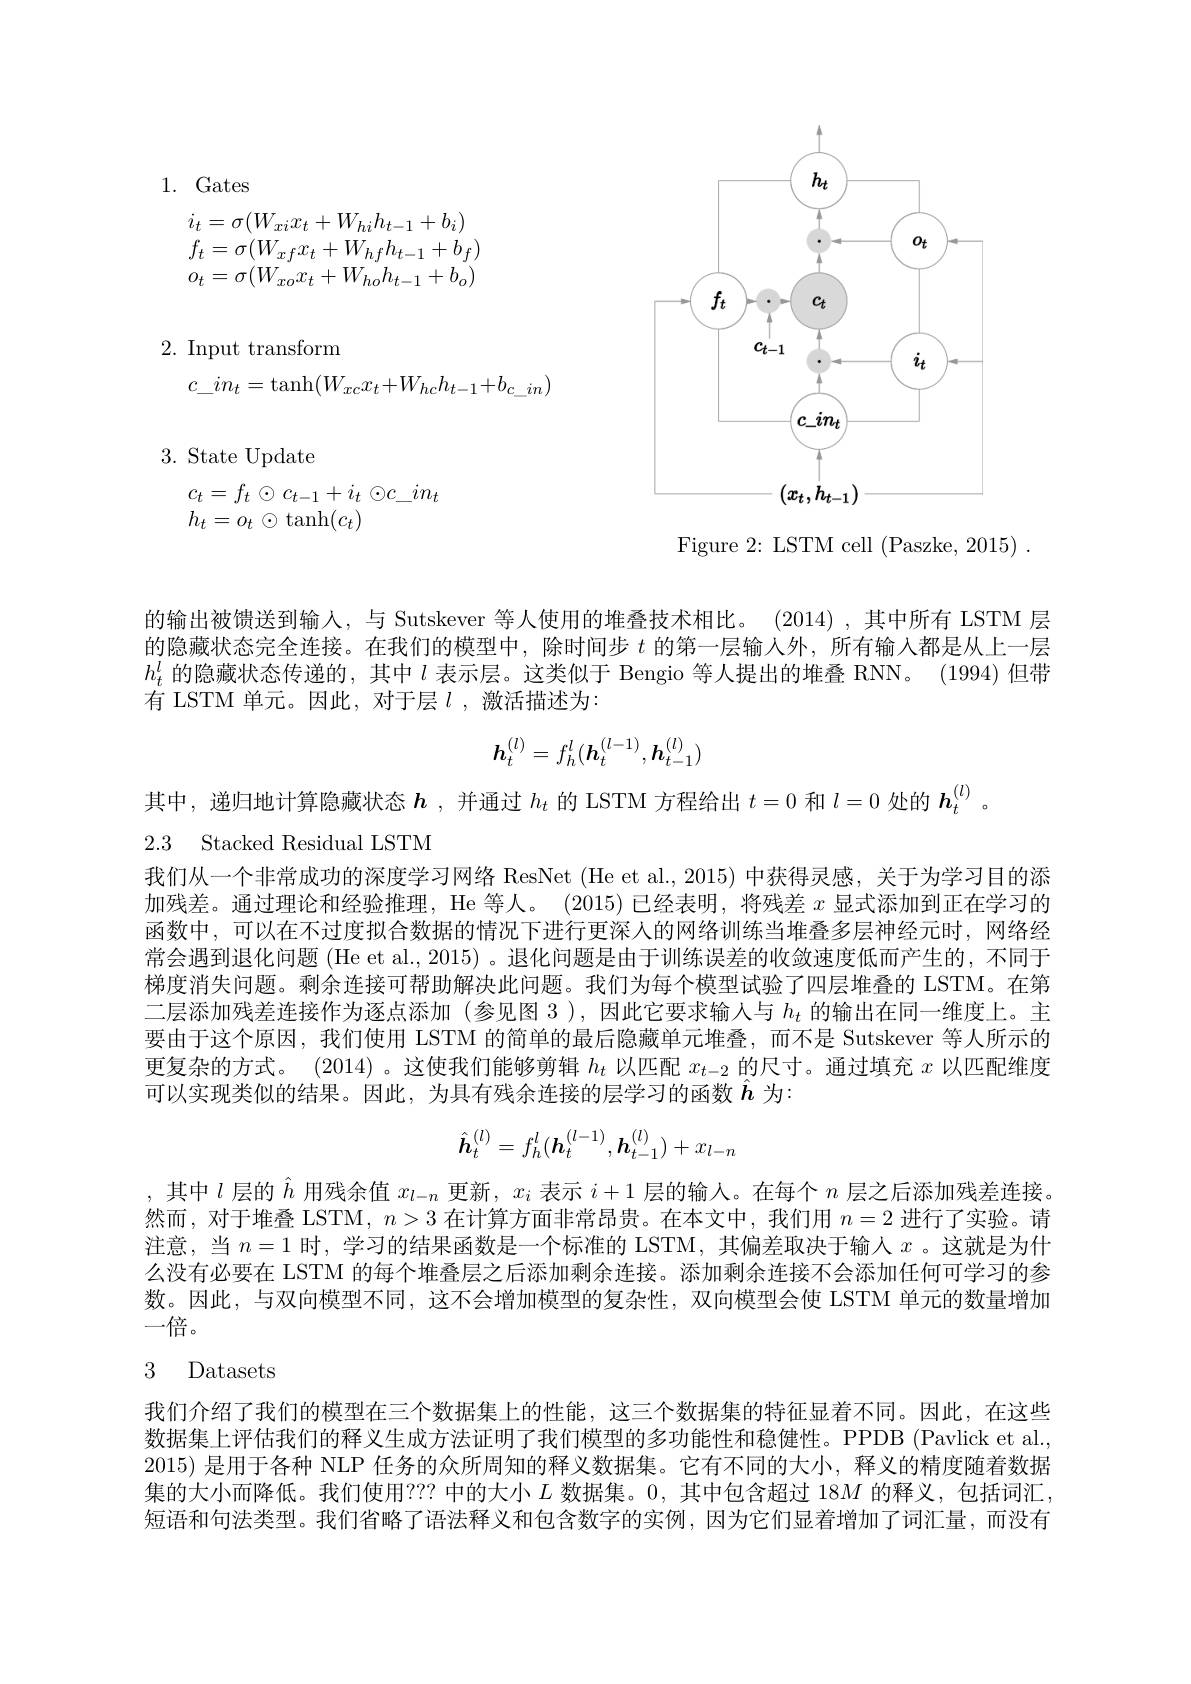
# 1. Gates
$$\begin{array}{l}i_t=\sigma(W_{xi}x_t+W_{hi}h_{t-1}+b_i)\\f_t=\sigma(W_{xf}x_t+W_{hf}h_{t-1}+b_f)\\o_t=\sigma(W_{xo}x_t+W_{ho}h_{t-1}+b_o)\end{array}$$
<FigureHere>

## 2. Input transform
$$c_in_t=\tanh(W_{xc}x_t+W_{hc}h_{t-1}+b_{c_in})$$
3. State Update

$c_{t}=f_{t}\odot c_{t-1}+i_{t}\odot c\_in_{t}$
$h_{t}=o_{t}\odot\operatorname{tanh}(c_{t})$

Figure 2: LSTM cell (Paszke, 2015) .

的输出被馈送到输人，与 Sutskever 等人使用的堆叠技术相比。(2014),其中所有 LSTM 层的隐藏状态完全连接。在我们的模型中，除时间步$t$的第一层输人外，所有输人都是从上一层$h_t^l$的隐藏状态传递的，其中$l$表示层。这类似于 Bengio 等人提出的堆叠 RNN。(1994)但带有 LSTM 单元。因此，对于层$l$ ,激活描述为：
$$h_t^{(l)}=f_h^l(h_t^{(l-1)},h_{t-1}^{(l)})$$
## 2.3 Stacked Residual LSTM

其中，递归地计算隐藏状态$\boldsymbol{h}$ ,并通过$h_t$的 LSTM 方程给出$t=0$和$l=0$处的$\boldsymbol h_t^{(l)}$
我们从一个非常成功的深度学习网络 ResNet (He et al., 2015) 中获得灵感，关于为学习目的添加残差。通过理论和经验推理，He 等人。(2015)已经表明，将残差$x$显式添加到正在学习的函数中，可以在不过度拟合数据的情况下进行更深人的网络训练当堆叠多层神经元时，网络经常会遇到退化问题 (He et al., 2015) 。退化问题是由于训练误差的收敛速度低而产生的 ,不同于梯度消失问题。剩余连接可帮助解决此问题。我们为每个模型试验了四层堆叠的 LSTM。在第二层添加残差连接作为逐点添加(参见图 3),因此它要求输人与$h_t$的输出在同一维度上。主要由于这个原因，我们使用 LSTM 的简单的最后隐藏单元堆叠，而不是 Sutskever 等人所示的更复杂的方式。(2014) 。这使我们能够剪辑$h_t$以匹配$x_t- 2$ 的 尺 寸 。通 过 填 充 $x$以匹配维度可以实现类似的结果。因此，为具有残余连接的层学习的函数$\hat{h}$为：
$$\hat{\boldsymbol{h}}_t^{(l)}=f_h^l(\boldsymbol{h}_t^{(l-1)},\boldsymbol{h}_{t-1}^{(l)})+x_{l-n}$$
,其中$l$层的$\hat{h}$用残余值$x_l-n$更新$,x_i$表示$i+1$层的输入。在每个$n$层之后添加残差连接然而，对于堆叠 LSTM, $n>3$在计算方面非常昂贵。在本文中，我们用$n=2$进行了实验。请注意，当$n=1$时，学习的结果函数是一个标准的 LSTM, 其偏差取决于输人$x$ 。这就是为什么没有必要在 LSTM 的每个堆叠层之后添加剩余连接。添加剩余连接不会添加任何可学习的参数。因此，与双向模型不同，这不会增加模型的复杂性，双向模型会使 LSTM 单元的数量增加一倍。

### 3 Datasets

我们介绍了我们的模型在三个数据集上的性能，这三个数据集的特征显着不同。因此，在这些数据集上评估我们的释义生成方法证明了我们模型的多功能性和稳健性。PPDB (Pavlick et al. 2015) 是用于各种 NLP 任务的众所周知的释义数据集。它有不同的大小，释义的精度随着数据集的大小而降低。我们使用？?? 中的大小$L$数据集。0,其中包含超过 18$M$的释义，包括词汇， 短语和句法类型。我们省略了语法释义和包含数字的实例，因为它们显着增加了词汇量，而没有